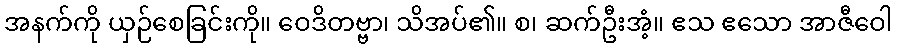
အနက်ကို ယှဉ်စေခြင်းကို။ ဝေဒိတဗ္ဗာ၊ သိအပ်၏။ စ၊ ဆက်ဦးအံ့။ ဧသ ဧသော အာဇီဝေါ